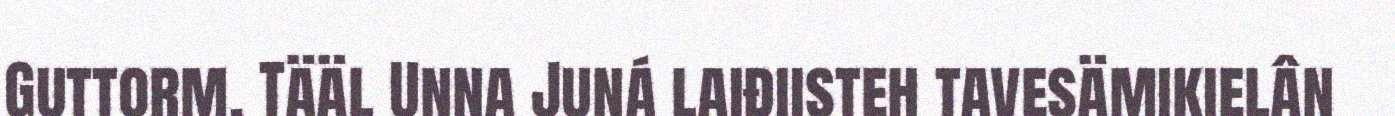
Guttorm. Tääl Unna Juná laiđiisteh tavesämikielân